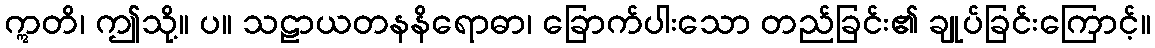
ဣတိ၊ ဤသို့။ ပ။ သဠာယတနနိရောဓာ၊ ခြောက်ပါးသော တည်ခြင်း၏ ချုပ်ခြင်းကြောင့်။